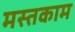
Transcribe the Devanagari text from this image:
मस्तकाम